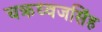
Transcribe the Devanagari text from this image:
चक्रध्वजसिंह